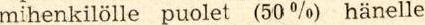
mihenkilölle puolet (50%) hänelle